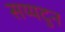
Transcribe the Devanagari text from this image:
सय्यदुन